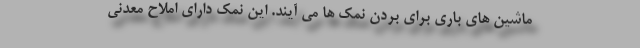
ماشین های باری برای بردن نمک ها می آیند. این نمک دارای املاح معدنی